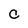
Character: C